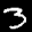
Label: 3